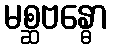
မစ္ဆဗန္ဓော